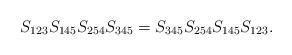
LaTeX: \begin{align*}S_{123}S_{145}S_{254}S_{345}=S_{345}S_{254}S_{145}S_{123}.\end{align*}